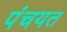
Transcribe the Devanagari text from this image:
पंचयत